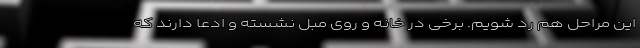
این مراحل هم رد شویم. برخی در خانه و روی مبل نشسته و ادعا دارند که